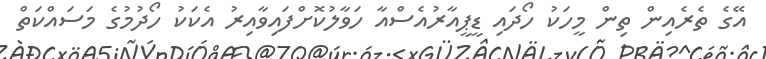
އޭގެ ތެރެއިން ތިން މީހަކު ހޯދައި ޑީޕީއާރުއެސްއާ ހަވާލުކޮށްފައިވާއިރު އެކަކު ހޯދުމުގެ މަސައްކަތް